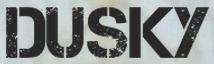
DUSKY